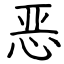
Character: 恶